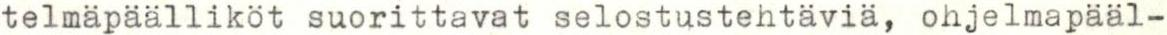
telmäpäälliköt suorittavat selostustehtäviä, ohjelmapääl-